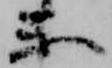
楽